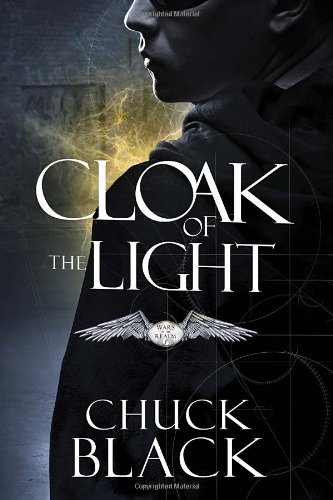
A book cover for Cloak of the Light: Wars of the Realm, Book 1; Chuck Black; Teen & Young Adult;